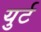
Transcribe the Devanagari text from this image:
युर्ट